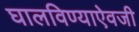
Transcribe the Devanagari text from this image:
घालविण्याऐवजी